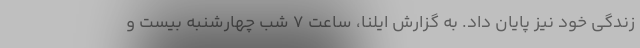
زندگی خود نیز پایان داد. به گزارش ایلنا، ساعت ۷ شب چهارشنبه بیست و